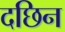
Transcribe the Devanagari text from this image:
दछिन